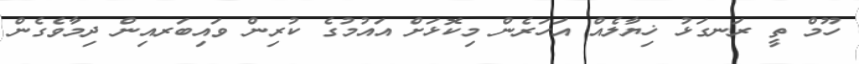
ހޫމް ތީ ރަނގަޅު ޚިޔާލެއް އަހަރެން މިކޮޅަށް އައުމުގެ ކުރިން ވައިބަރއިން ދިމާވެގެން